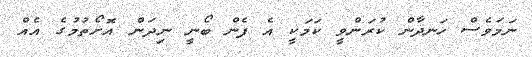
ނަމަވެސް ހަނދާން ކުރަންވީ ކަމަކީ އެ ފެން ބޯނީ ނިދަން އޮށޯތުމުގެ އެއް